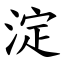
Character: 淀